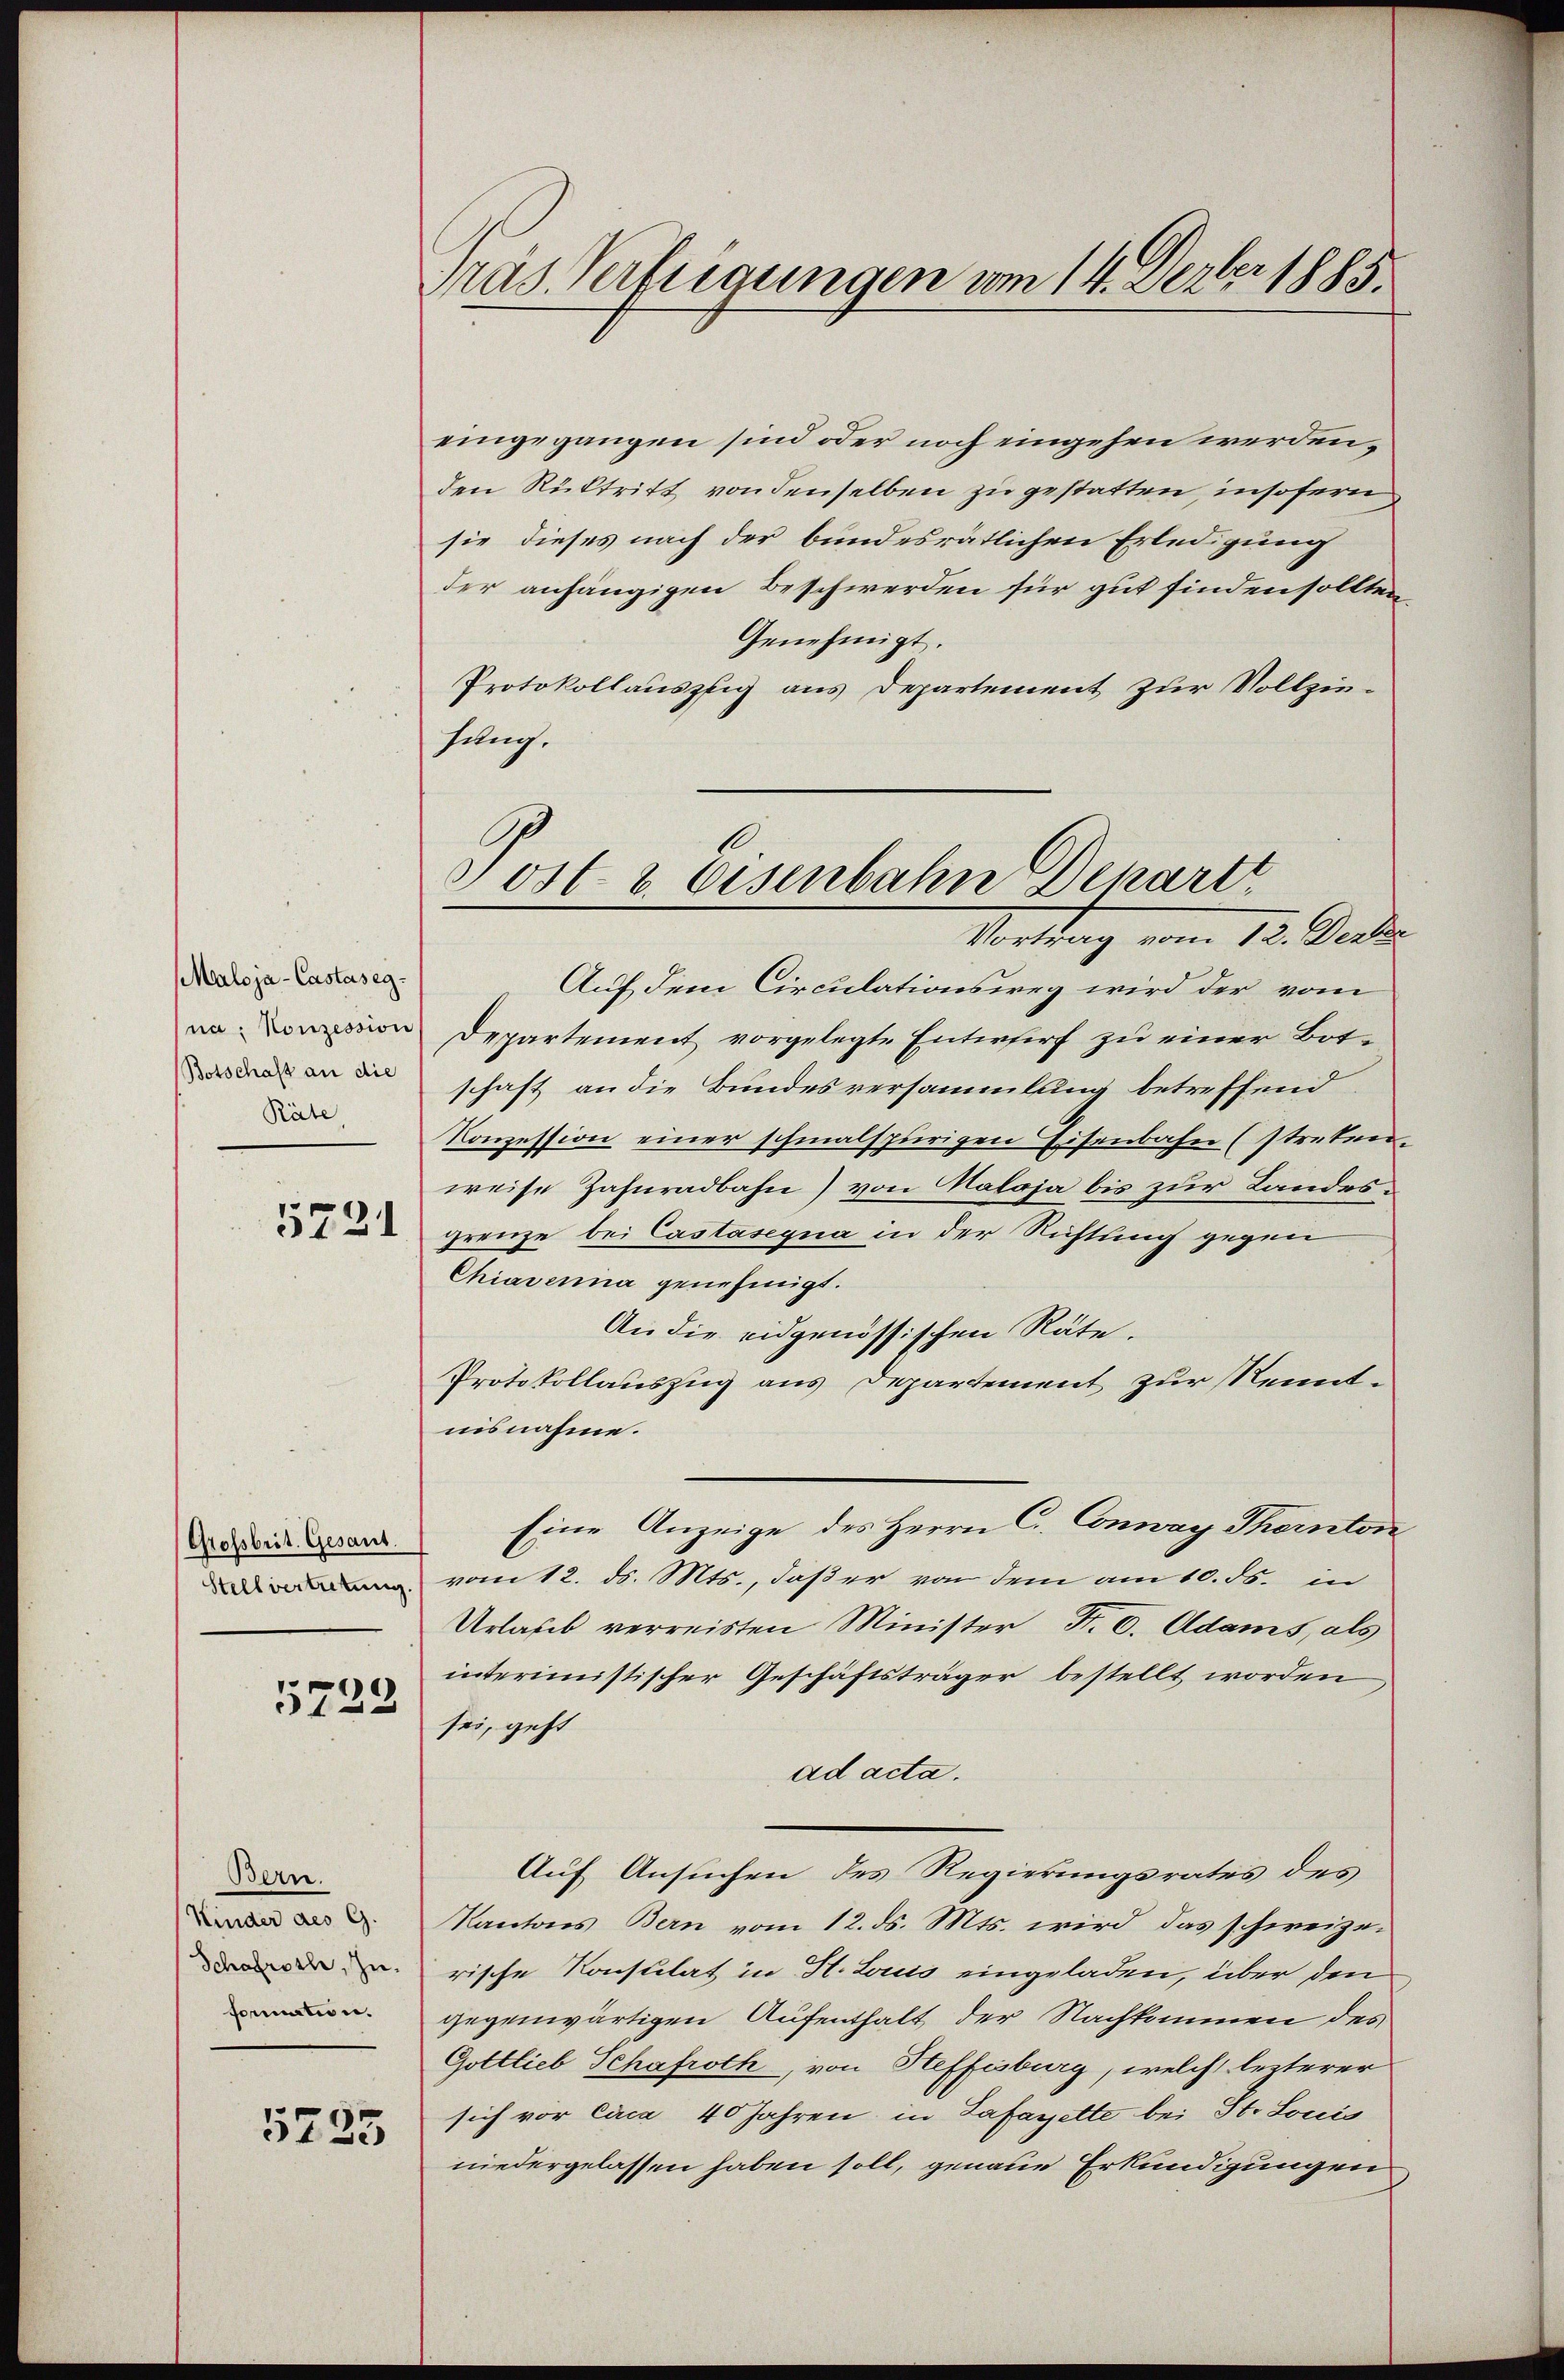
Maloja - Castasegna; Konzession
Botschaft an die
Räte,

5721

Grossbrit. Gesant.
Stellvertretung.

5722

Bern.
Kinder des G.
Schafroth, In
formation.

5723

Präs. Verbiegungen vom 14. Dezbr 1885.

eingegangen sind oder noch eingehen werden,
den Rücktritt von denselben zu gestatten, insofern
sie dieses nach der bundesrätlichen Erledigung
der anhängigen Beschwerden für gut finden sollten,
Genehmigt.
Protokollauszig aus Departement zur Vollziesnach.
Auf dem Circulationsweg wird der vom
Departement vorgelegte Entwurf zu einer Botschaft an die Bundesversammlung betreffend
Konzession einer schmalspurigen Eisenbahn (streten,
weise Zahnradbahn) von Maloja bis zur Landes¬
Grenze bei Castasegna in der Richtung gegen
Chiaverna genehmigt.
An die eidgenössischen Räte.
Protokollauszug aus Departement zur Kenntnisnahme.
Eine Anzeige des Herrn C. Conway Thornton
vom 12. ds. Mts., daß er von dem am 10. ds. in
Urlaub verreisten Minister Fr. 6. Adams, als
interimistischer Geschäftsträger bestellt worden
sei, geht
ad acta.
Auf Ansuchen des Regierungsrates des
Kantons Bern vom 12. ds. Mts. wird das schweizerische Konsulat in H. Louis eingeladen, über den
gegenwärtigen Aufenthalt der Nachkommen des
Gottlieb Schafroth, von Heffisburg, welch lezterer
sich vor circa 40 Jahren in Lafayette bei St. Louis
niedergelassen haben soll, genaue Erkundigungen

Jost- u. Eisenbahn Departt
Vortrag vom 12. Decbr.